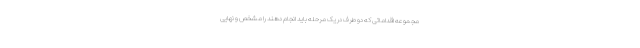
مجموعه اقداماتی که دو طرف در یک مرحله باید انجام دهند را مشخص و نهایی